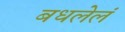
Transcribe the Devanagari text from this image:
बधलेलं